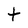
Character: t